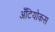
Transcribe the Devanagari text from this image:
अँटियोकस